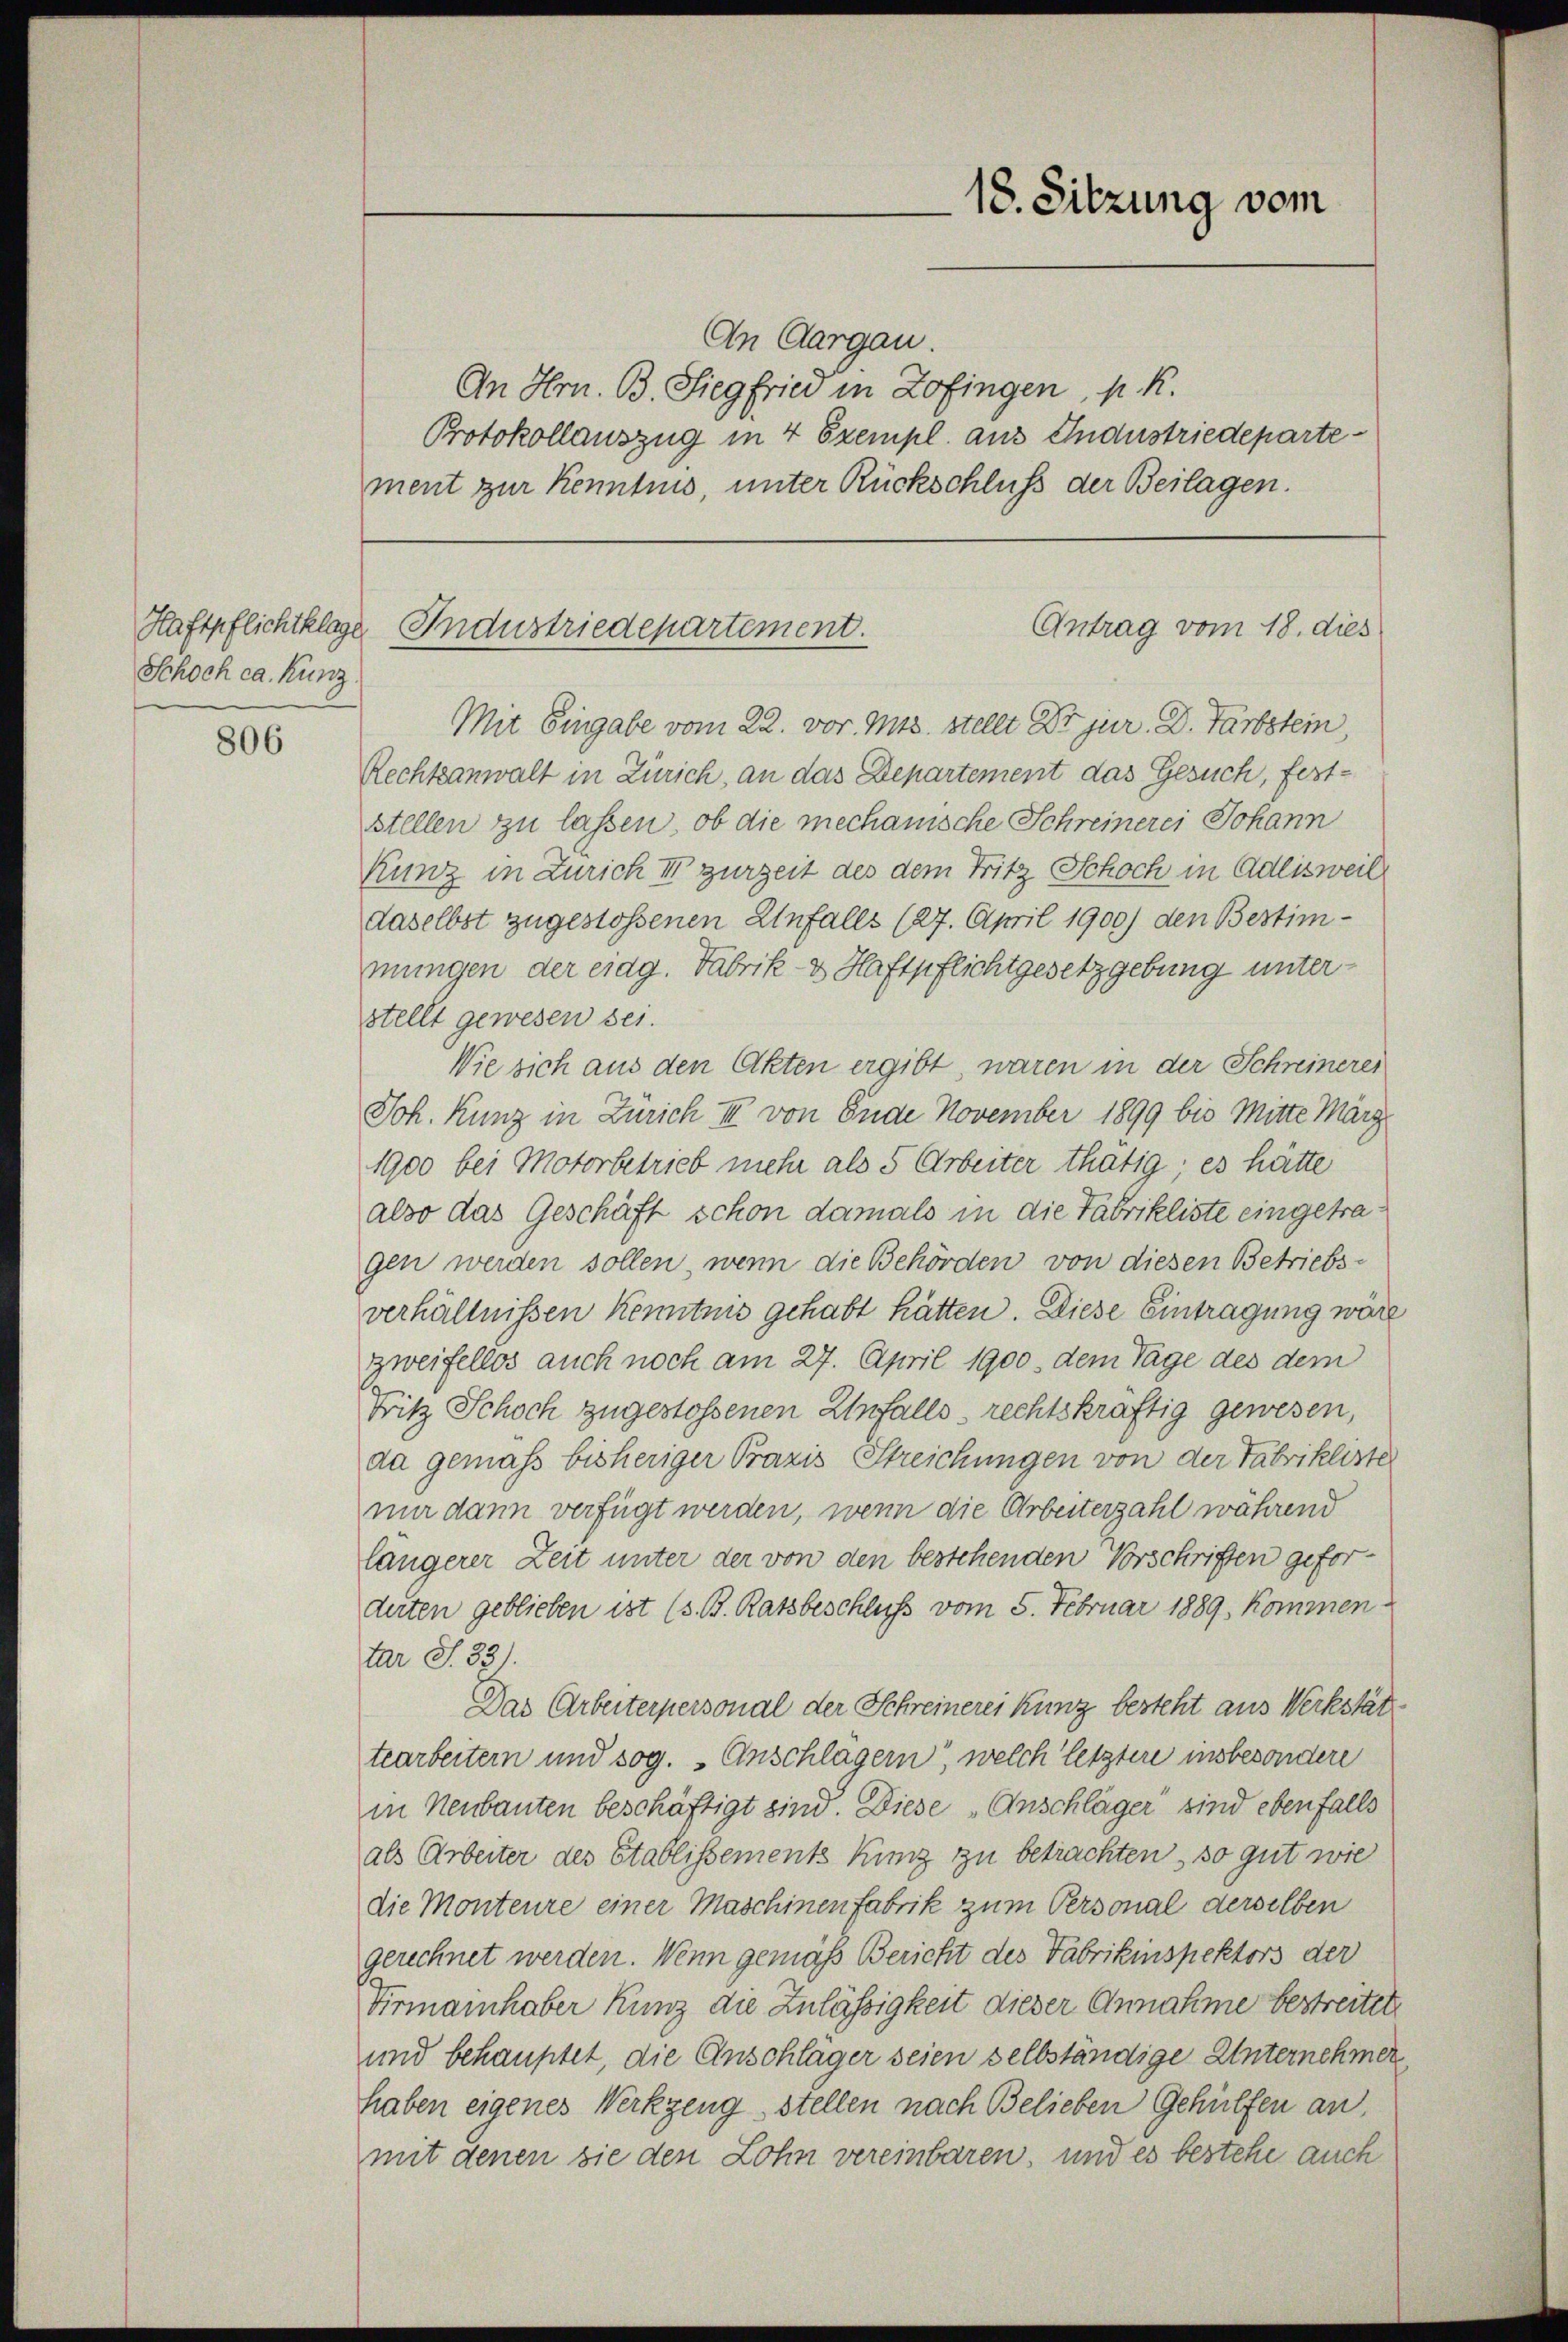
Schoch ca. Kunz.

806

An Aargau.
An Hrn. B. Siegfried in Zofingen, p. K.
Protokollauszug in 4 Exempl. aus Industriedepartement zur Kenntnis, unter Rückschluss der Beilagen.

Haftpflichtklage Industriedepartement.

Mit Eingabe vom 22. vor. Mts. stellt Dr jur. Dr. Farbstein
Rechtsanwalt in Zürich, an das Departement das Gesuch, fest-
stellen zu lassen, ob die mechanische Schreinerei Johann
Kunz in Zürich III zurzeit des dem Fritz Schoch in Adlisweil
daselbst zugestossenen Unfalls (27. April 1900) den Bestimmungen der eidg. Fabrik- & Haftpflichtgesetzgebung unterstellt gewesen sei.
Wie sich aus den Akten ergibt, waren in der Schreinerei
Joh. Kunz in Zürich III von Ende November 1899 bis Mitte März
1900 bei Motorbetrieb mehr als 5 Arbeiter thätig; es hätte
also das Geschäft schon damals in die Fabrikliste eingetragen werden sollen, wenn die Behörden von diesen Betriebsverhältnissen Kenntnis gehabt hätten. Diese Eintragung wäre
zweifellos auch noch am 27. April 1900. dem Tage des dem
Fritz Schoch zugestossenen Unfalls rechtskräftig gewesen,
da gemäß bisheriger Praxis Streichungen von der Fabrikliste
nir dann verfügt werden, wenn die Arbeiterzahl während
längerer Zeit unter der von den bestehenden Vorschriften gefordirten geblieben ist (s. B. Ratsbeschluss vom 5. Februar 1889. Kommen
tar S. 33).
Das Arbeiterpersonal der Schreinerei Kunz besteht aus Werkstättearbeitern und sog. Anschlägern, welch letztere insbesondere
in Neubauten beschäftigt sind. Diese Anschläger sind ebenfalls
als Arbeiter des Etablissements King zu betrachten, so gut wie
die Monteure einer Maschinenfabrik zum Personal derselben
gerechnet werden. Wenn gemäß Bericht des Fabrikinspektors der
Tirmainhaber Kunz die Zulässigkeit dieser Annahme bestreitete
und behauptet, die Anschläger seien selbständige Unternehmer
haben eigenes Werkzeug stellen nach Belieben Gehülfen an,
mit denen sie den Lohn vereinbaren, und es bestehe auch

18. Sitzung vom

Antrag vom 18. dies